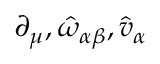
\partial _ { \mu } , \hat { \omega } _ { \alpha \beta } , \hat { v } _ { \alpha }